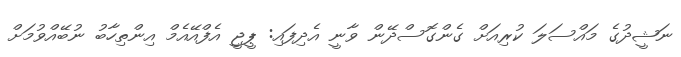
ނަޝީދުގެ މައްސަލަ ކުރިއަށް ގެންގޮސްދޭން ވާނީ އެދިފައި: ޕީޖީ އެފްއޭއެމް އިންތިހާބު ނުބޭއްވުމަށް